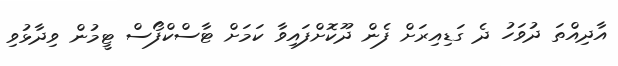
އާދިއްތަ ދުވަހު ދެ ގަޑިއިރަށް ފެން ދޫކޮށްފައިވާ ކަމަށް ޓާސްކްފޯސް ޓީމުން ވިދާޅުވި